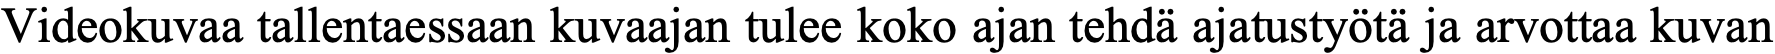
Videokuvaa tallentaessaan kuvaajan tulee koko ajan tehdä ajatustyötä ja arvottaa kuvan